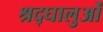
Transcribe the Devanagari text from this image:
श्रद्घालुओं